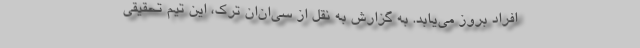
افراد بروز می‌یابد. به گزارش به نقل از سی‌ان‌ان ترک، این تیم تحقیقی